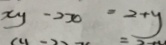
x y - 2 x = 2 + y